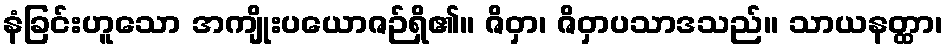
နံခြင်းဟူသော အကျိုးပယောဇဉ်ရှိ၏။ ဇိဝှာ၊ ဇိဝှာပသာဒသည်။ သာယနတ္ထာ၊